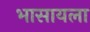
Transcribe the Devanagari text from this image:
भासायला